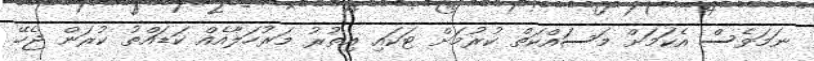
ނަމަވެސް އެކަމަށް މަސައްކަތް ކުރުމަށް ޓަކައި އިތުރު މަރުހަލާއެއް ކަޑައްތު ކުރަން ޖެހޭ